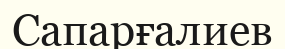
Сапарғалиев